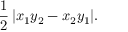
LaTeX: { \frac { 1 } { 2 } } \, | x _ { 1 } y _ { 2 } - x _ { 2 } y _ { 1 } | .